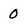
Character: 0